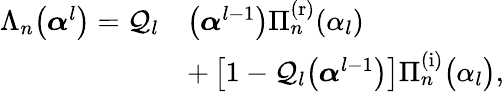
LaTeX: \begin{array}{rl}{\Lambda_{n}\big(\boldsymbol{\alpha}^{l}\big)=\mathcal{Q}_{l}}&{\big(\boldsymbol{\alpha}^{l-1}\big)\Pi_{n}^{\mathrm{(r)}}(\alpha_{l})}\\ &{+\left[1-\mathcal{Q}_{l}\big(\boldsymbol{\alpha}^{l-1}\big)\right]\Pi_{n}^{\mathrm{(i)}}\big(\alpha_{l}\big),}\end{array}